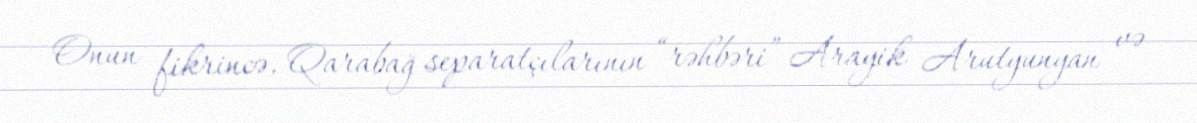
Onun fikrincə, Qarabağ separatçılarının “rəhbəri” Arayik Arutyunyan və